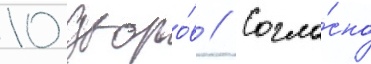
10 дворо́в // Согла́сно